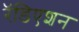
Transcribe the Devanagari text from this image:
रॅडिएशन